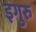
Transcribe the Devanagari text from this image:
इगुरु